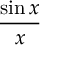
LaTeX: \frac { \sin x } { x }